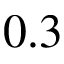
0 . 3